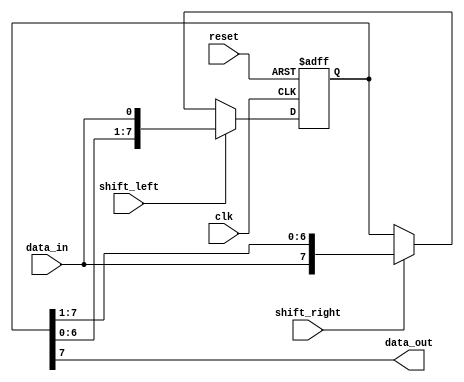
module bidirectional_shift_register (
  input wire clk,
  input wire reset,
  input wire shift_left,
  input wire shift_right,
  input wire data_in,
  output wire data_out
);

reg [7:0] reg_data;

always @(posedge clk or posedge reset) begin
  if (reset) begin
    reg_data <= 8'h00;
  end else begin
    if (shift_left) begin
      reg_data <= {reg_data[6:0], data_in};
    end else if (shift_right) begin
      reg_data <= {data_in, reg_data[7:1]};
    end
  end
end

assign data_out = reg_data[7];

endmodule